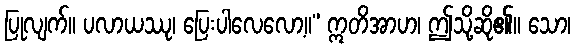
ပြုလျက်။ ပလာယဿု၊ ပြေးပါလေလော့။” ဣတိအာဟ၊ ဤသို့ဆို၏။ သော၊